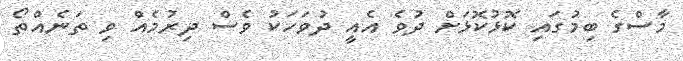
މާސްގެ ބިމުގައި ކޮޅުކޮޅަށް ދުވެ އެއީ ދުވަހަކު ވެސް ދިރުމެއް ވި ތަނެއްތޯ